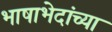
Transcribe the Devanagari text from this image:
भाषाभेदांच्या